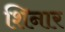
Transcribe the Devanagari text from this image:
शिनार